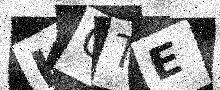
Text: KQTE